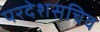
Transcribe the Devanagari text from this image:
परदेशसचिव